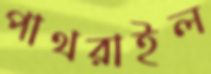
পাথরাইল